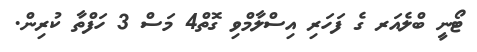
ޓޯނީ ބްލެއަރ ގެ ފަހަރި އިސްލާމްވި ގޮތް4 މަސް 3 ހަފްތާ ކުރިން.